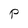
Character: P